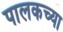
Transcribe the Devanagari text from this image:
पालकच्या